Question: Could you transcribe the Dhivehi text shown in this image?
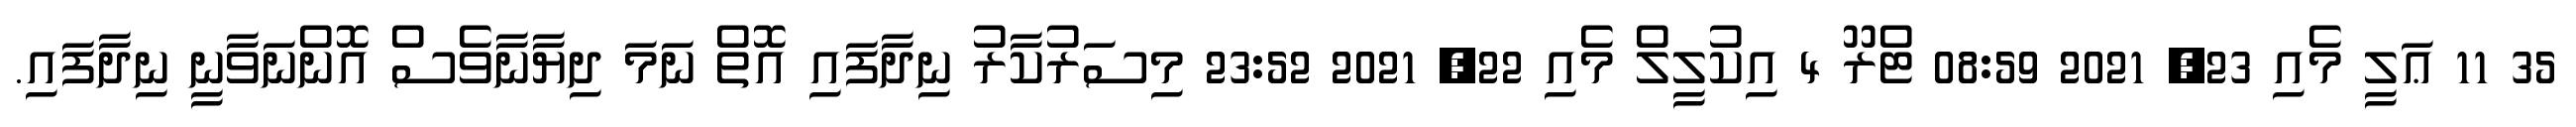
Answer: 35 11 ޢަލީ މެއި 23, 2021 08:59 ޓްރޫ 4 އިކުލީލް މެއި 22, 2021 23:52 މިސަރުކާރު ނިދާފައި އޮތް ނަމަ ދިޔާނާވެސް އޮންނަވާނީ ނިދާފައި.